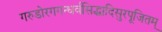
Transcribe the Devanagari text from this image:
गरुडोरगगन्धर्वसिद्धादिसुरपूजितम्